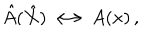
\hat { A } ( \hat { X } ) \longleftrightarrow A ( x ) \, ,